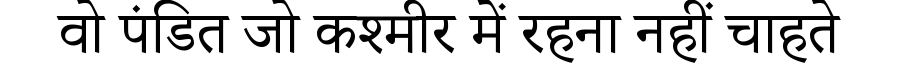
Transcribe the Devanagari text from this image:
वो पंडित जो कश्मीर में रहना नहीं चाहते